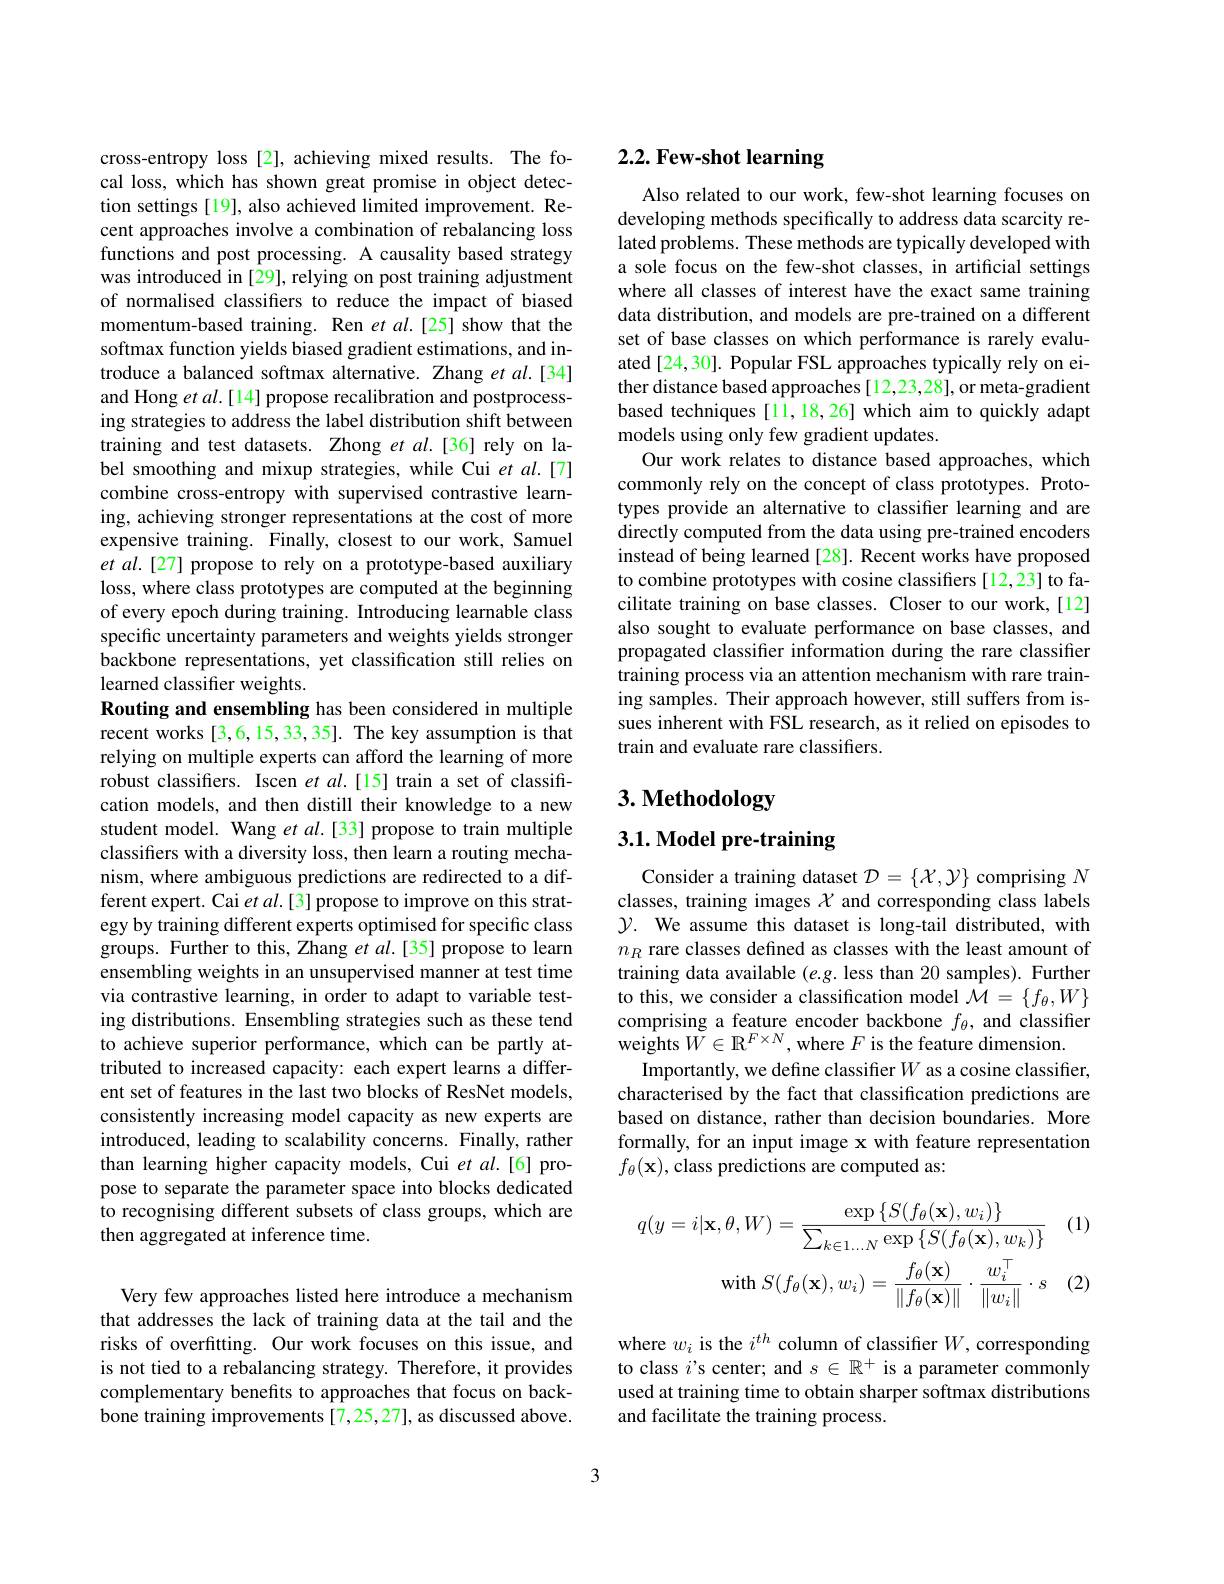
cross-entropy loss [2], achieving mixed results. The focal loss, which has shown great promise in object detection settings[19], also achieved limited improvement. Recent approaches involve a combination of rebalancing loss functions and post processing. A causality based strategy was introduced in [29], relying on post training adjustment of normalised classifers to reduce the impact of biased momentum-based training. Ren et al.[25] show that the softmax function yields biased gradient estimations, and introduce a balanced softmax alternative. Zhang et al.[34] and Hong et al.[14] propose recalibration and postprocessing strategies to address the label distribution shift between training and test datasets. Zhong et al.[36] rely on label smoothing and mixup strategies, while Cui et al.[7] combine cross-entropy with supervised contrastive learning, achieving stronger representations at the cost of more expensive training. Finally, closest to our work, Samuel et al.[27] propose to rely on a prototype-based auxiliary loss, where class prototypes are computed at the beginning of every epoch during training. Introducing learnable class specific uncertainty parameters and weights yields stronger backbone representations, yet classification still relies on learned classifier weights.
Routing and ensembling has been considered in multiple recent works [3,6,15,33,35]. The key assumption is that relying on multiple experts can afford the learning of more robust classifiers. Iscen $et\textit{al. [ 15] train a set of classifi- }$ cation models, and then distill their knowledge to a new student model. Wang et al.[33] propose to train multiple classifiers with a diversity loss, then learn a routing mechanism, where ambiguous predictions are redirected to a different expert. Cai et al.[3] propose to improve on this strategy by training different experts optimised for specific class groups. Further to this, Zhang et al.[35] propose to learn ensembling weights in an unsupervised manner at test time via contrastive learning, in order to adapt to variable testing distributions. Ensembling strategies such as these tend to achieve superior performance, which can be partly attributed to increased capacity: each expert learns a different set of features in the last two blocks of ResNet models, consistently increasing model capacity as new experts are introduced, leading to scalability concerns. Finally, rather than learning higher capacity models, Cui et al.[6] propose to separate the parameter space into blocks dedicated to recognising different subsets of class groups, which are then aggregated at inference time.

Very few approaches listed here introduce a mechanism that addresses the lack of training data at the tail and the risks of overfitting. Our work focuses on this issue, and is not tied to a rebalancing strategy. Therefore, it provides complementary benefits to approaches that focus on backbone training improvements [7,25,27], as discussed above.

# 2.2. Few-shot learning

Also related to our work, few-shot learning focuses on developing methods specifically to address data scarcity related problems. These methods are typically developed with a sole focus on the few-shot classes, in artificial settings where all classes of interest have the exact same training data distribution, and models are pre-trained on a different set of base classes on which performance is rarely evaluated [24,30]. Popular FSL approaches typically rely on either distance based approaches [12,23,28], or meta-gradient based techniques [11,18,26] which aim to quickly adapt models using only few gradient updates.
Our work relates to distance based approaches, which commonly rely on the concept of class prototypes. Prototypes provide an alternative to classifier learning and are directly computed from the data using pre-trained encoders instead of being learned [28]. Recent works have proposed to combine prototypes with cosine classifiers [12,23] to facilitate training on base classes. Closer to our work, [12] also sought to evaluate performance on base classes, and propagated classifier information during the rare classifier training process via an attention mechanism with rare training samples. Their approach however, still suffers from issues inherent with FSL research, as it relied on episodes to train and evaluate rare classifiers.

# 3. Methodology

# 3.1. Model pre-training

Consider a training dataset $\mathcal{D}=\{\mathcal{X},\mathcal{Y}\}$ comprising $N$ classes, training images $\chi$ and corresponding class labels $\mathcal{Y}.$ We assume this dataset is long-tail distributed, with $n_R$ rare classes defined as classes with the least amount of training data available $(e.g.$ less than 20 samples). Further to this, we consider a classification model $\mathcal{M}=\{f_\theta,W\}$ comprising a feature encoder backbone $f_\theta$, and classifier $\hat{\mathrm{weights~}W}\in\mathbb{R}^{F\times N}$,where $F$ is the feature dimension
Importantly, we define classifier $W$ as a cosine classifier, characterised by the fact that classification predictions are based on distance, rather than decision boundaries. More formally, for an input image x with feature representation $f_\theta(\mathbf{x})$,class predictions are computed as:

(1)
$$q(y=i|\mathbf{x},\theta,W)=\frac{\exp\left\{S(f_{\theta}(\mathbf{x}),w_{i})\right\}}{\sum_{k\in1\ldots N}\exp\left\{S(f_{\theta}(\mathbf{x}),w_{k})\right\}}\\\mathrm{with}\:S(f_{\theta}(\mathbf{x}),w_{i})=\frac{f_{\theta}(\mathbf{x})}{\|f_{\theta}(\mathbf{x})\|}\cdot\frac{w_{i}^{\top}}{\|w_{i}\|}\cdot s$$
(2)

where $w_i$ is the $i^th$ column of classifier $W$,corresponding to class $i$'s center; and $s\in\mathbb{R}^+$ is a parameter commonly used at training time to obtain sharper softmax distributions and facilitate the training process.

3